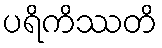
ပရိကိဿတိ